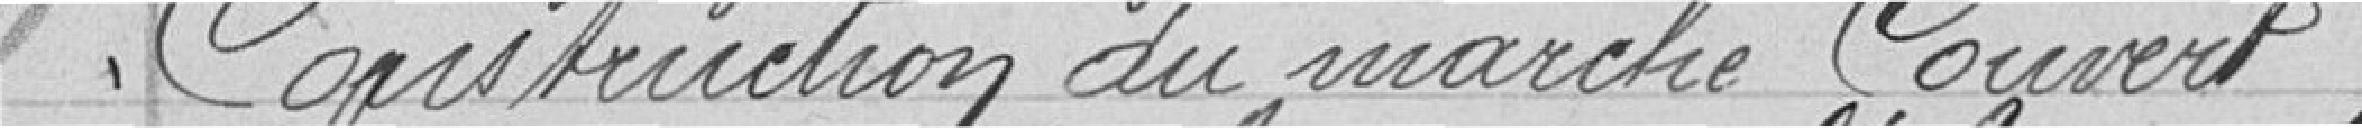
Construction du marché couvert